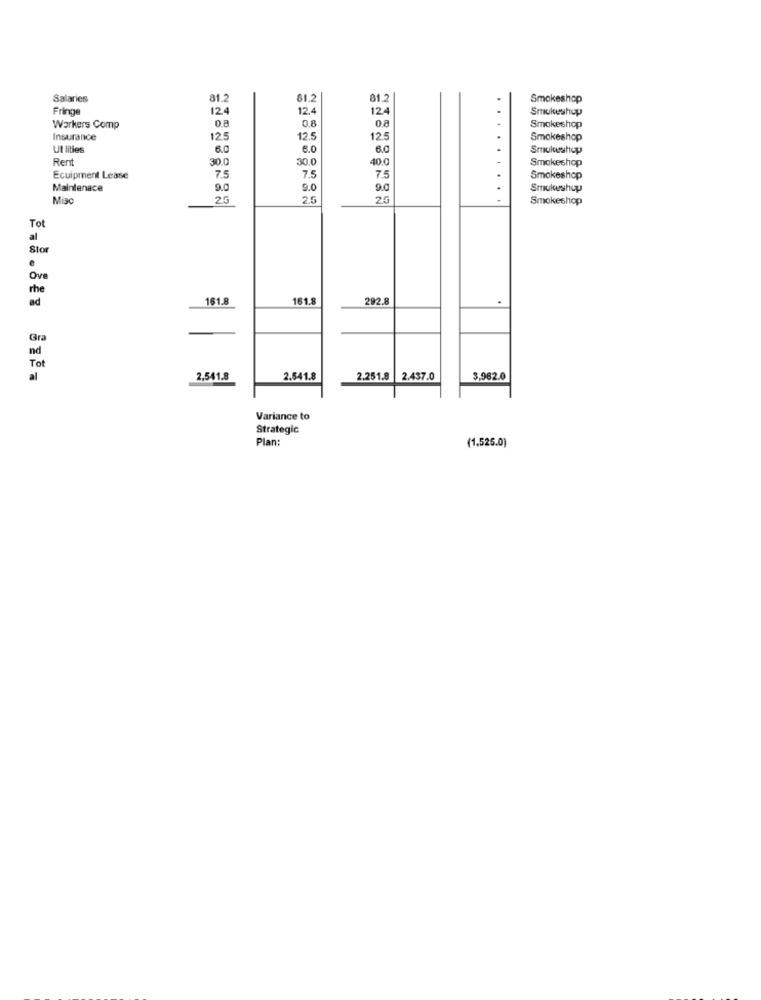
Salaries
81.2
81.2
81.2
Smokeshop
Fringe
124
12.4
124
Smokeshop
0.8
Workers Comp
0.8
0.8
Smokeshop
Insurance
125
12.5
12.5
Smokeshop
Ut lities
6.0
6.0
6.0
Smokeshop
Rent
30.0
30.0
40 0
Smokeshop
Ecuipment Lease
7.5
7.5
7.5
Smokeshop
Maintenace
9.0
9.0
9.0
Smokeshop
Miac
2G
25
2G
Smokeshop
Tot
al
Stor
Ove
rhe
ad
161.8
161.
202.8
.
Gra
nd
Tot
al
2,541.8
2.541.8
2.251.8 2.4$7.0
3,962.0
Variance to
Strategic
Plan
(1,525.0)